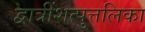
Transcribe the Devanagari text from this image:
द्वात्रींशत्पुत्तलिका